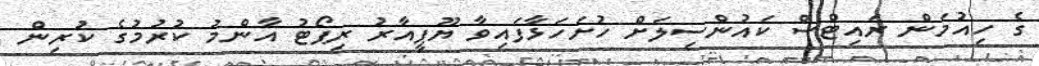
ގެ ހިއުމަން ރައިޓްސް ކައުންސިލަށް ހުށަހަޅާފައިވާ ޔޫޕީއާރު ރިޕޯޓު އާންމު ކުރުމުގެ ކުރިން